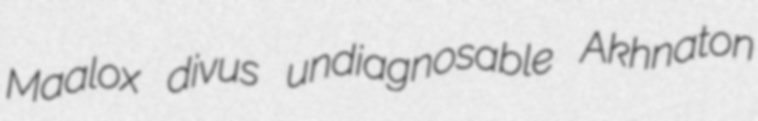
Maalox divus undiagnosable Akhnaton